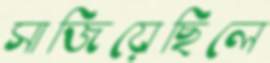
সাজিয়েছিলে